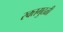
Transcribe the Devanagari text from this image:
रक्तगुठळी